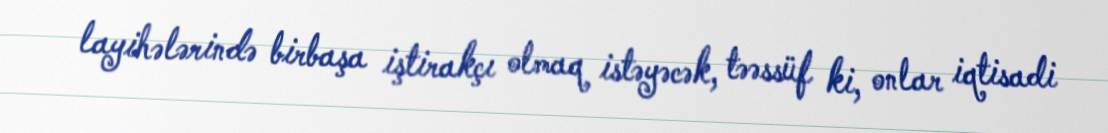
layihələrində birbaşa iştirakçı olmaq istəyəcək, təəssüf ki, onlar iqtisadi